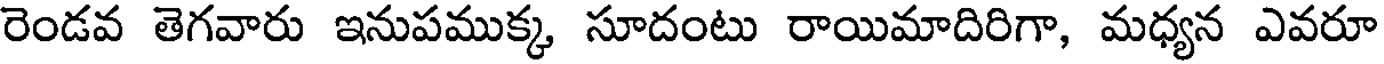
రెండవ తెగవారు ఇనుపముక్క సూదంటు రాయిమాదిరిగా, మధ్యన ఎవరూ